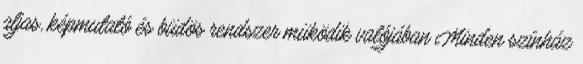
aljas, képmutató és büdös rendszer müködik valójában Minden színház